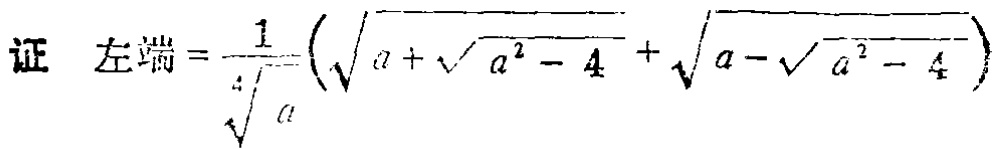
证 左端$=\frac{1}{\sqrt[4]{a}}\left(\sqrt{a + \sqrt{a^{2} - 4}} + \sqrt{a - \sqrt{a^{2} - 4}}\right)$